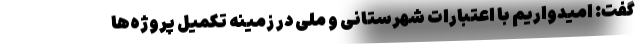
گفت: امیدواریم با اعتبارات شهرستانی و ملی در زمینه تکمیل پروژه‌ها